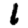
Digit: 1